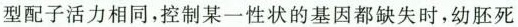
型配子活力相同，控制某一性状的基因都缺失时，幼胚死